Report on vaccination in Madras 1895-1903 - 1895-1903
Year: 1895
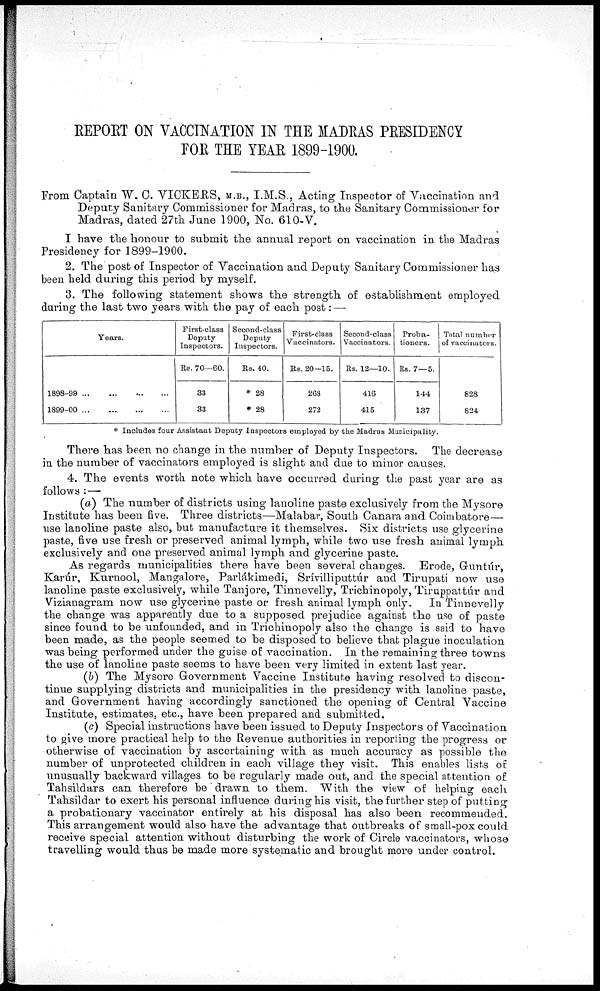
REPORT ON VACCINATION IN THE MADRAS PRESIDENCY
FOR THE YEAR 1899-1900.
From Captain W. C. VICKERS, M.B., I.M.S., Acting Inspector of Vaccination and
Deputy Sanitary Commissioner for Madras, to the Sanitary Commissioner for
Madras, dated 27th June 1900, No. 610-V.
I have the honour to submit the annual report on vaccination in the Madras
Presidency for 1899-1900.
2. The post of Inspector of Vaccination and Deputy Sanitary Commissioner has
been held during this period by myself.
3. The following statement shows the strength of establishment employed
during the last two years with the pay of each post: —
Years.
1898-99
...
...
...
...
1899-00
...
...
...
...
First-class
Deputy
Inspectors.
Rs. 70—60.
33
33
Second-class
Deputy
Inspectors.
Rs. 40.
* 28
* 28
First-class
Vaccinators.
Rs. 20-15.
268
272
Second-class
Vaccinators.
Rs. 12—10.
416
415
Proba-
tioners.
Rs. 7—5.
144
137
Total number
of vaccinators.
828
824
* Includes four Assistant Deputy Inspectors employed by the Madras Municipality.
There has been no change in the number of Deputy Inspectors. The decrease
in the number of vaccinators employed is slight and due to minor causes.
4. The events worth note which have occurred during the past year are as
follows :—
(a) The number of districts using lanoline paste exclusively from the Mysore
Institute has been five. Three districts—Malabar, South Canara and Coimbatore—
use lanoline paste also, but manufacture it themselves. Six districts use glycerine
paste, five use fresh or preserved animal lymph, while two use fresh animal lymph
exclusively and one preserved animal lymph and glycerine paste.
As regards municipalities there have been several changes. Erode, Guntúr,
Karúr, Kurnool, Mangalore, Parlákimedi, Srívilliputtúr and Tirupati now use
lanoline paste exclusively, while Tanjore, Tinnevelly, Trichinopoly, Tiruppattúr and
Vizianagram now use glycerine paste or fresh animal lymph only. In Tinnevelly
the change was apparently due to a supposed prejudice against the use of paste
since found to be unfounded, and in Trichinopoly also the change is said to have
been made, as the people seemed to be disposed to believe that plague inoculation
was being performed under the guise of vaccination. In the remaining three towns
the use of lanoline paste seems to have been very limited in extent last year.
(b) The Mysore Government Vaccine Institute having resolved to discon-
tinue supplying districts and municipalities in the presidency with lanoline paste,
and Government having accordingly sanctioned the opening of Central Vaccine
Institute, estimates, etc., have been prepared and submitted.
(c) Special instructions have been issued to Deputy Inspectors of Vaccination
to give more practical help to the Revenue authorities in reporting the progress or
otherwise of vaccination by ascertaining with as much accuracy as possible the
number of unprotected children in each village they visit. This enables lists of
unusually backward villages to be regularly made out, and the special attention of
Tahsildars can therefore be drawn to them. With the view of helping each
Tahsildar to exert his personal influence during his visit, the further step of putting
a probationary vaccinator entirely at his disposal has also been recommended.
This arrangement would also have the advantage that outbreaks of small-pox could
receive special attention without disturbing the work of Circle vaccinators, whose
travelling would thus be made more systematic and brought more under control.